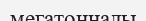
мегатонналы